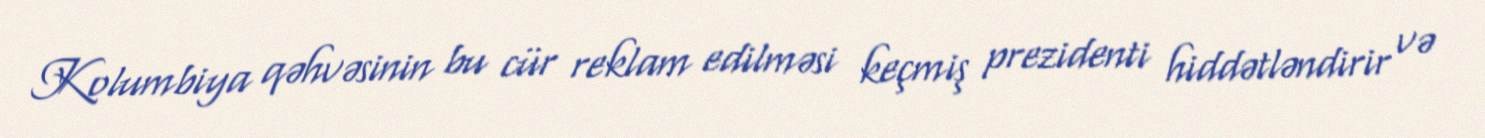
Kolumbiya qəhvəsinin bu cür reklam edilməsi keçmiş prezidenti hiddətləndirir və